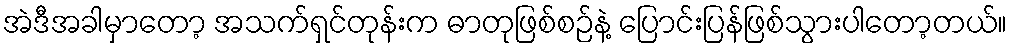
အဲဒီအခါမှာတော့ အသက်ရှင်တုန်းက ဓာတုဖြစ်စဉ်နဲ့ ပြောင်းပြန်ဖြစ်သွားပါတော့တယ်။